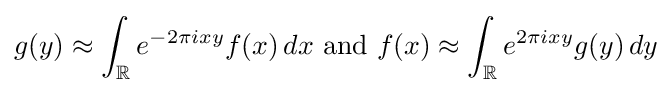
g(y)\approx \int _{\mathbb {R} }e^{-2\pi ixy}f(x)\,dx{\text{ and }}f(x)\approx \int _{\mathbb {R} }e^{2\pi ixy}g(y)\,dy